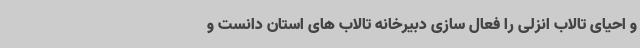
و احیای تالاب انزلی را فعال سازی دبیرخانه تالاب های استان دانست و